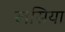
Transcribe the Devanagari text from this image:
खसिया